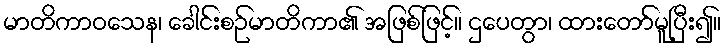
မာတိကာဝသေန၊ ခေါင်းစဉ်မာတိကာ၏ အဖြစ်ဖြင့်။ ဌပေတွာ၊ ထားတော်မူပြီး၍။